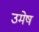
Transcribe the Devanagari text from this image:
उमेष